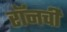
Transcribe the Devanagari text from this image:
रॉनची